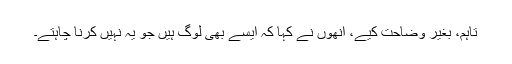
تاہم، بغیر وضاحت کیے، انھوں نے کہا کہ ایسے بھی لوگ ہیں جو یہ نہیں کرنا چاہتے۔